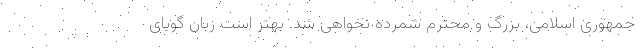
جمهوری اسلامی، بزرگ و محترم شمرده نخواهی شد. بهتر است زبان گویای